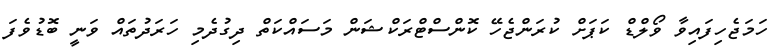
ހަމަޖެހިފައިވާ ވޯލްޑް ކަޕަށް ކުރަންޖެހޭ ކޮންސްޓްރަކްޝަން މަސައްކަތް ދިގުދެމި ހަރަދުތައް ވަނީ ބޮޑުވެފަ